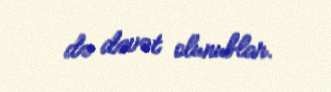
də dəvət olunublar.